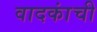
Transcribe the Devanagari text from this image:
वादकांची